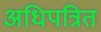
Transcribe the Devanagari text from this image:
अधिपत्रित